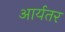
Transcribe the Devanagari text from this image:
आर्यतर